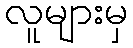
လူများမှ